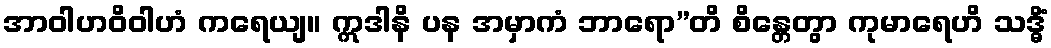
အာဝါဟဝိဝါဟံ ကရေယျ။ ဣဒါနိ ပန အမှာကံ ဘာရော”တိ စိန္တေတွာ ကုမာရေဟိ သဒ္ဓိံ